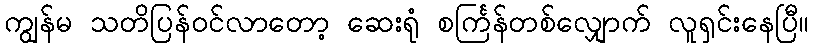
ကျွန်မ သတိပြန်ဝင်လာတော့ ဆေးရုံ စင်္ကြန်တစ်လျှောက် လူရှင်းနေပြီ။